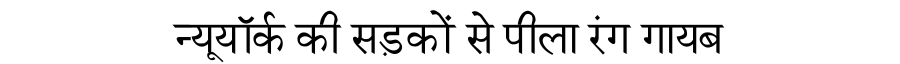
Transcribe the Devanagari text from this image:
न्यूयॉर्क की सड़कों से पीला रंग गायब